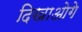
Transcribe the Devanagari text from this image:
दिखाओगे